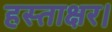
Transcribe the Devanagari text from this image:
हस्ताक्षर।